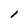
Character: l